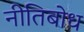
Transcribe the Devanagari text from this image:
नीतिबोध